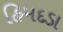
હિમદડા